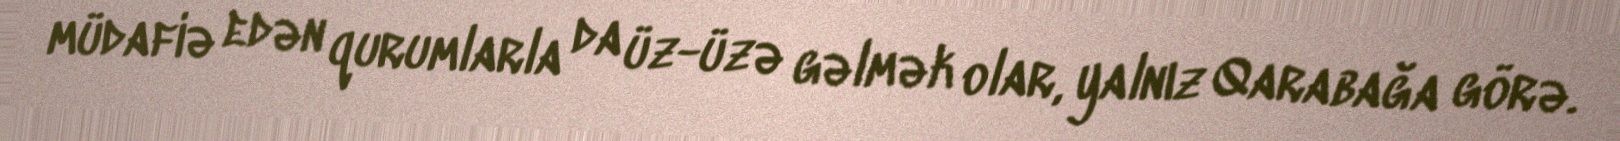
müdafiə edən qurumlarla da üz-üzə gəlmək olar, yalnız Qarabağa görə.